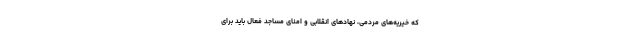
که خیریه‌های مردمی، نهادهای انقلابی و امنای مساجد فعال باید برای